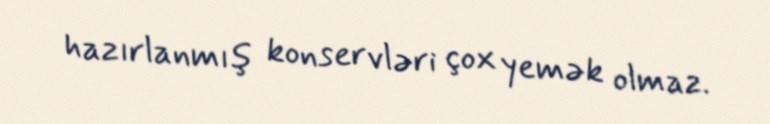
hazırlanmış konservləri çox yemək olmaz.